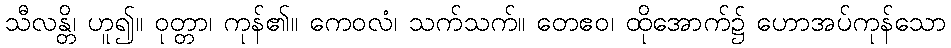
သီလန္တိ၊ ဟူ၍။ ဝုတ္တာ၊ ကုန်၏။ ကေဝလံ၊ သက်သက်။ တေဧဝ၊ ထိုအောက်၌ ဟောအပ်ကုန်သော